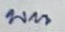
บน